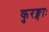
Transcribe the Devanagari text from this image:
कुरङ्गाः